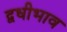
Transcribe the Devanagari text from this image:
द्वधीभाव